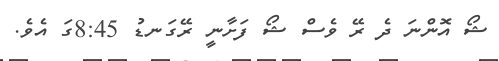
ޝޯ އޮންނަ ދެ ރޭ ވެސް ޝޯ ފަށާނީ ރޭގަނޑު 8:45ގަ އެވެ.